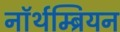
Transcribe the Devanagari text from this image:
नॉर्थम्ब्रियन